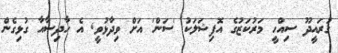
ގުރައީދޫ ސިއްހީ މަރުކަޒުގެ އޮފިޝަލަކު 'ސަން' އަށް ވިދާޅުވީ